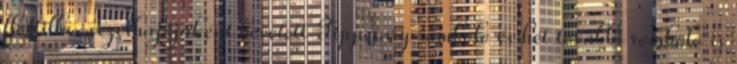
flottilla-vezérhajójaként bevetett Tipperary romboló és hét további romboló is